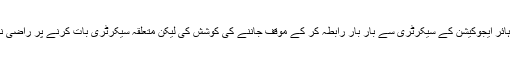
آن لائن نے ہائر ایجوکیشن کے سیکرٹری سے بار بار رابطہ کر کے موقف جاننے کی کوشش کی لیکن متعلقہ سیکرٹری بات کرنے پر راضی نہ ہو سکے ۔